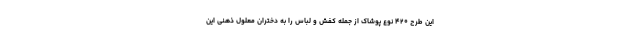
این طرح ۴۲۰ نوع پوشاک از جمله کفش و لباس را به دختران معلول ذهنی این